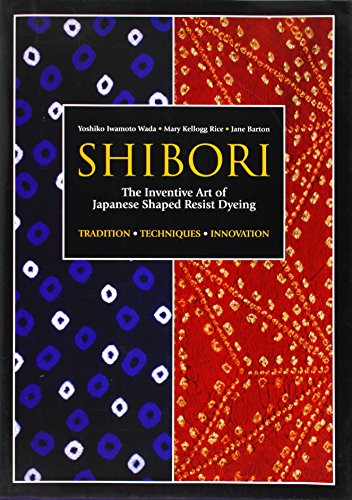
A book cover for Shibori: The Inventive Art of Japanese Shaped Resist Dyeing; Yoshiko Iwamoto Wada; Arts & Photography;